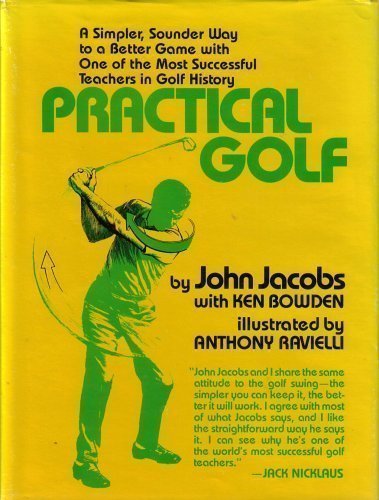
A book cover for Practical Golf: A Simpler, Sounder Way to a Better Game with One of the Most Successful Teachers in Golf History; John Jacobs; Sports & Outdoors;